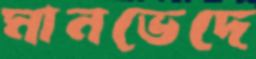
মানভেদে